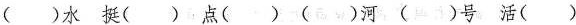
（ ）水 挺（ ）点（ ）（ ）河（ ）号 活（ ）